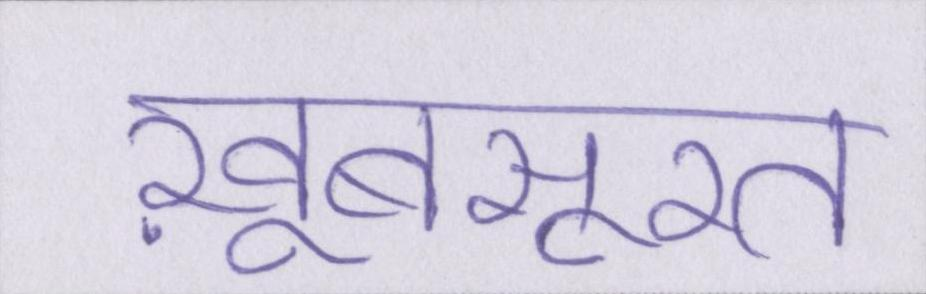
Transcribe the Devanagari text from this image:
ख़ूबसूरत